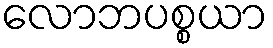
လောဘပစ္စယာ